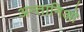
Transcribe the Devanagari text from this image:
अन्तानिओ